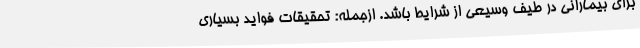
برای بیمارانی در طیف وسیعی از شرایط باشد. ازجمله: تحقیقات فواید بسیاری